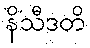
နိသီဒတိ